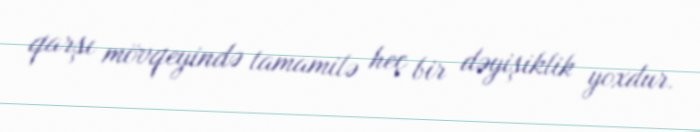
qarşı mövqeyində tamamilə heç bir dəyişiklik yoxdur.